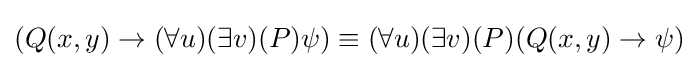
(Q(x,y)\rightarrow (\forall u)(\exists v)(P)\psi )\equiv (\forall u)(\exists v)(P)(Q(x,y)\rightarrow \psi )